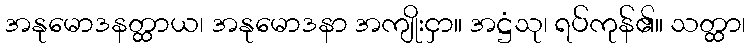
အနုမောဒနတ္ထာယ၊ အနုမောဒနာ အကျိုးငှာ။ အဋ္ဌံသု၊ ရပ်ကုန်၏။ သတ္ထာ၊